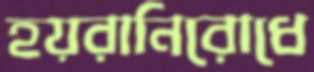
হয়রানিরোধে